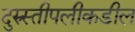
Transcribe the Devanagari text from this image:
दुरुस्तीपलीकडील